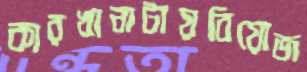
কারখানাটায়বিয়োজ